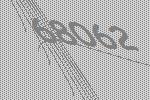
68062